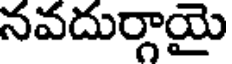
నవదుర్గాయై